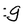
Character: g